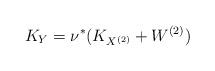
LaTeX: \begin{align*}K_Y=\nu^{\ast}(K_{X^{(2)}}+W^{(2)})\end{align*}